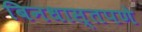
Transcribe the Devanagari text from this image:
बिनधास्तपणे